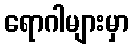
ရောဂါများမှာ